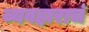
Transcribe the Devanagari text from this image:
व्यवहाराचं